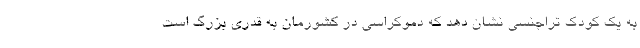
به یک کودک تراجنسی نشان دهد که دموکراسی در کشورمان به قدری بزرگ است